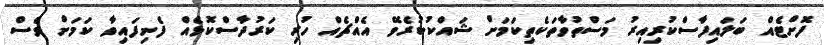
ފޮށްޓެއް ބަލައިފާސްކުރިއިރު މަސްތުވާތަކެތިކަމަށް ޝައްކުކުރެވޭ އެއްޗެއް ހުރި ކަރުދާސްކޮޅެއް ފެނިފައިވާ ކަމަށް ވެސް